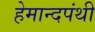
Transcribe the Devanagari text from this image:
हेमान्दपंथी